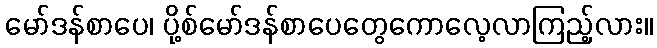
မော်ဒန်စာပေ၊ ပို့စ်မော်ဒန်စာပေတွေကောလေ့လာကြည့်လား။